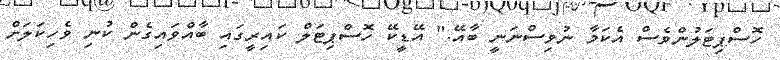
ހޮސްޕިޓަލުންވެސް އެކަމާ ނުވިސްނަނީ ބާއޭ." އޭޑީކޭ ހޮސްޕިޓަލް ކައިރީގައި ބާއްވައިގެން ކުނި ވެހިކަލަށް